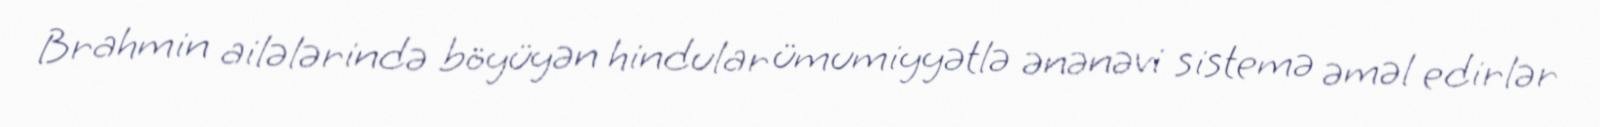
Brahmin ailələrində böyüyən hindular ümumiyyətlə ənənəvi sistemə əməl edirlər